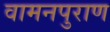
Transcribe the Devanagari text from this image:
वामनपुराण